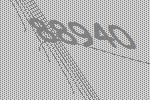
88940